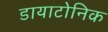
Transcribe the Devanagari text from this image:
डायाटोनिक